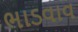
ભાડવાવ